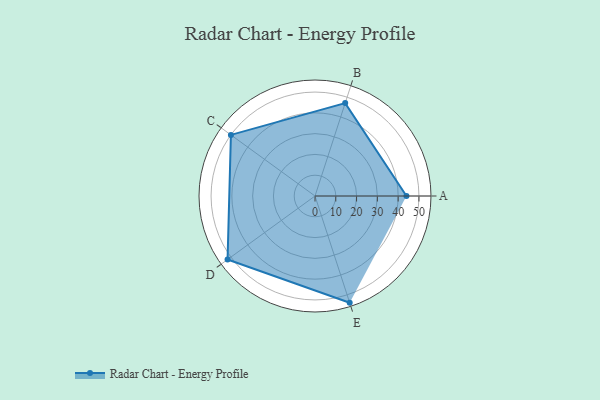
{"axis": {"x": "Skill", "y": "Score"}, "legend": ["Profile"], "data": [{"x": "A", "y": 44.0, "type": "Profile"}, {"x": "B", "y": 47.0, "type": "Profile"}, {"x": "C", "y": 50.0, "type": "Profile"}, {"x": "D", "y": 52.0, "type": "Profile"}, {"x": "E", "y": 54.0, "type": "Profile"}]}